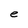
Character: e